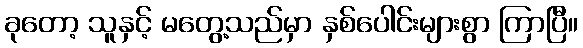
ခုတော့ သူနှင့် မတွေ့သည်မှာ နှစ်ပေါင်းများစွာ ကြာပြီ။